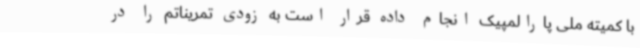
با کمیته ملی پارالمپیک انجام داده قرار است به زودی تمریناتم را در